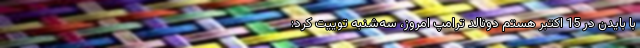
با بایدن در 15 اکتبر هستم دونالد ترامپ امروز،‌ سه‌شنبه توییت کرد: